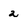
Character: z